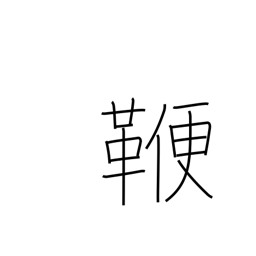
Meaning: rod